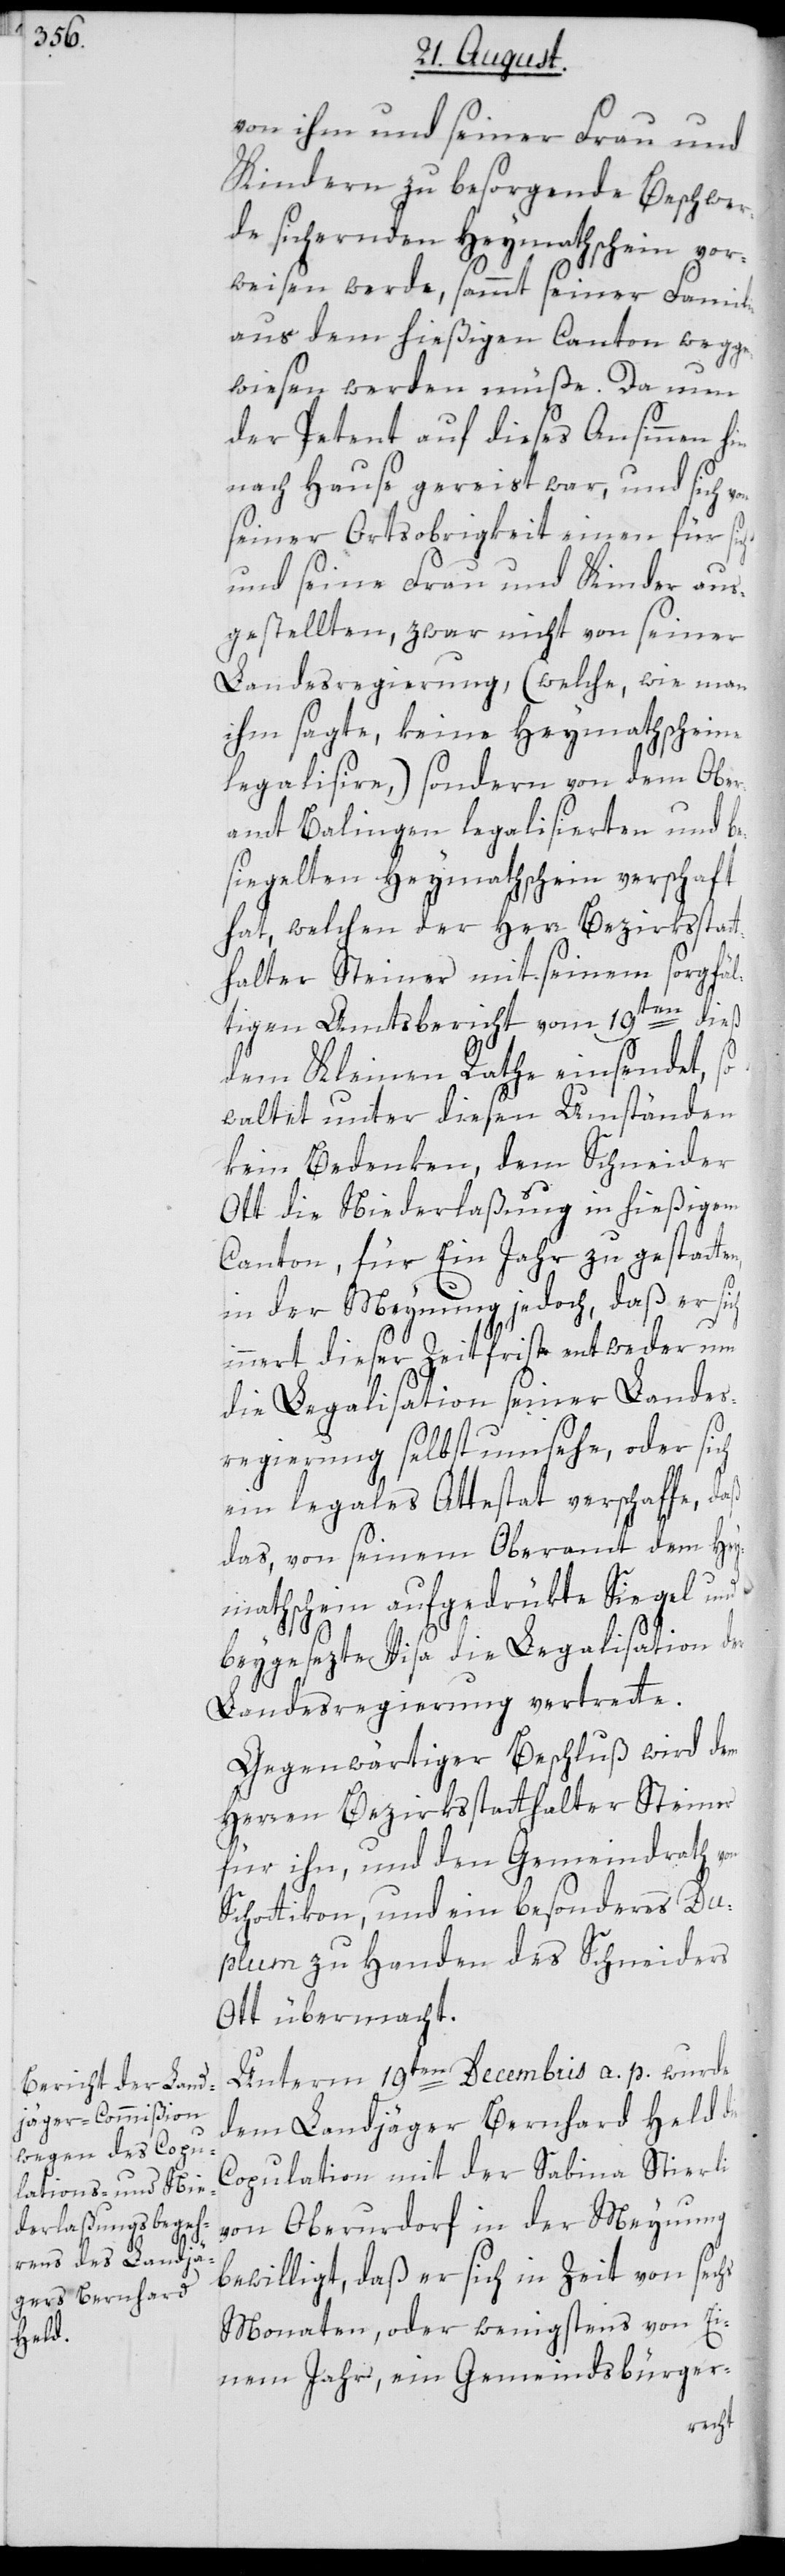
von ihm und seiner Frau und
Kindern zu besorgende Beschwer¬
de sichernden Heymathschein vor¬
weisen werde, sammt seiner Familie
aus dem hießigen Canton wegge¬
wiesen werden müße. Da nun
der Petent auf dieses Ansinnen hin
nach Hause gereist war, und sich
seiner Ortsobrigkeit einen für sich
und seine Frau und Kinder aus¬
gestellten, zwar nicht von seiner
Landesregierung, (welche, wie man
ihm sagte, keine Heymathscheine
legalisiere,) sondern von dem Ober¬
amt Balingen legalisierten und be¬
siegelten Heymathschein verschaft
hat, welchen der Herr Bezirksstatt¬
halter Steiner mit seinem sorgfäl¬
tigen Amtsbericht vom 19ten dieß
dem Kleinen Rathe einsendet, so
waltet unter diesen Umständen
kein Bedenken, dem Schneider
Ott die Niederlaßung in hießigem
Canton, für Ein Jahr zu gestatten,
in der Meynung jedoch, daß er si¬
innert dieser Zeitfrist entweder um
die Legalisation seiner Landes¬
regierung selbst umsehe, oder sich
ein legales Attestat verschaffe, daß
das, von seinem Oberamt dem Hey¬
mathschein aufgedrükte Siegel und
beygesezte Visa die Legalisation der
Landesregierung vertrette.
Gegenwärtiger Beschluß wird dem
Herren Bezirksstatthalter Steiner
für ihn, und den Gemeindrath von
Schottikon, und ein besonderes Du¬
plum zu Handen des Schneiders
Ott übermacht.
Unterm 19ten Decembris a. p. wurde
dem Landjäger Bernhard Held die
Copulation mit der Sabina Stierli
von Oberurdorf in der Meynung
bewilligt, daß er sich in Zeit von sechs
Monaten, oder wenigstens von Ei¬
nem Jahr, ein Gemeindsbürger-
ch